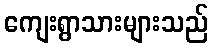
ကျေးရွာသားများသည်